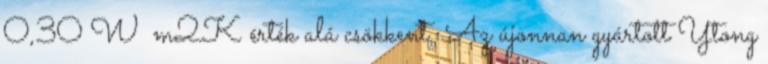
0,30 W m2K érték alá csökkent. Az újonnan gyártott Ytong